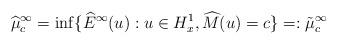
LaTeX: \begin{align*} \widehat{\mu}_c^{\infty}=\inf\{\widehat{E}^{\infty}(u):u\in H_x^1,\widehat{M}(u)=c\}=:\tilde{\mu}_c^{\infty}\end{align*}